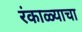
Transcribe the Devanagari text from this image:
रंकाळ्याचा